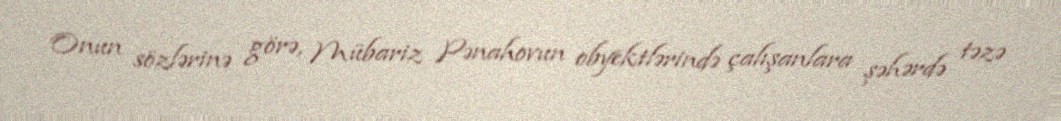
Onun sözlərinə görə, Mübariz Pənahovun obyektlərində çalışanlara şəhərdə təzə